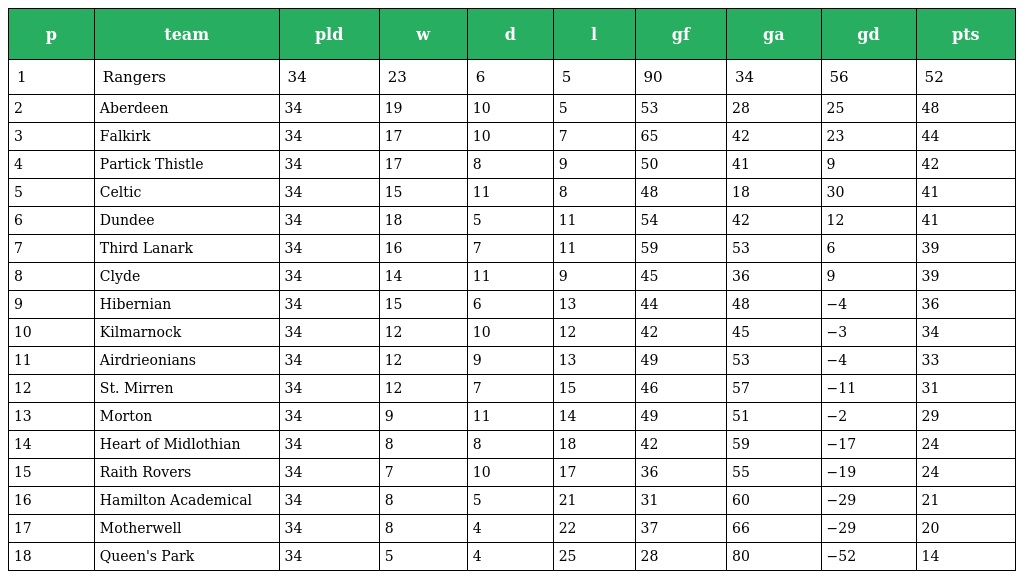
| p | team | pld | w | d | l | gf | ga | gd | pts |
 | --- | --- | --- | --- | --- | --- | --- | --- | --- | --- |
 | 1 | Rangers | 34 | 23 | 6 | 5 | 90 | 34 | 56 | 52 |
 | 2 | Aberdeen | 34 | 19 | 10 | 5 | 53 | 28 | 25 | 48 |
 | 3 | Falkirk | 34 | 17 | 10 | 7 | 65 | 42 | 23 | 44 |
 | 4 | Partick Thistle | 34 | 17 | 8 | 9 | 50 | 41 | 9 | 42 |
 | 5 | Celtic | 34 | 15 | 11 | 8 | 48 | 18 | 30 | 41 |
 | 6 | Dundee | 34 | 18 | 5 | 11 | 54 | 42 | 12 | 41 |
 | 7 | Third Lanark | 34 | 16 | 7 | 11 | 59 | 53 | 6 | 39 |
 | 8 | Clyde | 34 | 14 | 11 | 9 | 45 | 36 | 9 | 39 |
 | 9 | Hibernian | 34 | 15 | 6 | 13 | 44 | 48 | −4 | 36 |
 | 10 | Kilmarnock | 34 | 12 | 10 | 12 | 42 | 45 | −3 | 34 |
 | 11 | Airdrieonians | 34 | 12 | 9 | 13 | 49 | 53 | −4 | 33 |
 | 12 | St. Mirren | 34 | 12 | 7 | 15 | 46 | 57 | −11 | 31 |
 | 13 | Morton | 34 | 9 | 11 | 14 | 49 | 51 | −2 | 29 |
 | 14 | Heart of Midlothian | 34 | 8 | 8 | 18 | 42 | 59 | −17 | 24 |
 | 15 | Raith Rovers | 34 | 7 | 10 | 17 | 36 | 55 | −19 | 24 |
 | 16 | Hamilton Academical | 34 | 8 | 5 | 21 | 31 | 60 | −29 | 21 |
 | 17 | Motherwell | 34 | 8 | 4 | 22 | 37 | 66 | −29 | 20 |
 | 18 | Queen's Park | 34 | 5 | 4 | 25 | 28 | 80 | −52 | 14 |